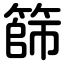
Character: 篩